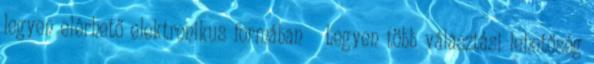
legyen elérhető elektronikus formában  Legyen több választási lehetőség